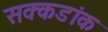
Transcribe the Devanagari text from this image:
सक्कडांक